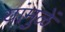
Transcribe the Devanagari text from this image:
यांमुळें